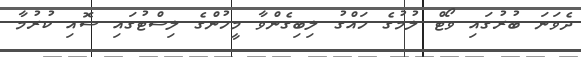
ދެވަނަ ބުރުގައި ވޯޓް ލުމުގެ ހައްގު ލިބިގެންވާ މީހުންގެ ލިސްޓުގައި ސޮއި ކުރުމާ